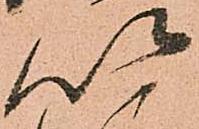
以